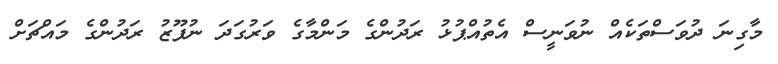
މާގިނަ ދުވަސްތަކެއް ނުވަނީސް އެތުއްޕުޅު ރަދުންގެ މަންމާގެ ވަރުގަދަ ނުފޫޒު ރަދުންގެ މައްޗަށް